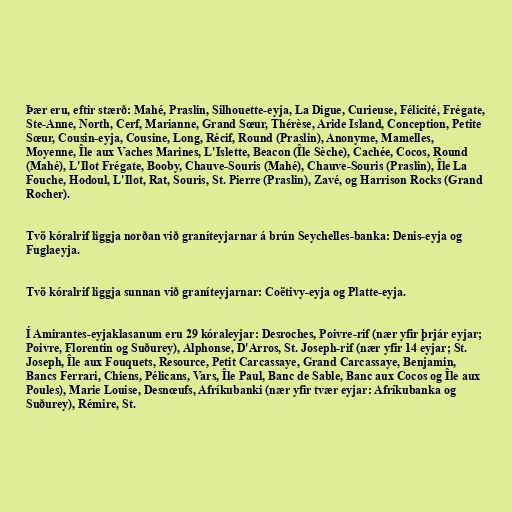
Þær eru, eftir stærð: Mahé, Praslin, Silhouette-eyja, La Digue, Curieuse, Félicité, Frégate,
Ste-Anne, North, Cerf, Marianne, Grand Sœur, Thérèse, Aride Island, Conception, Petite
Sœur, Cousin-eyja, Cousine, Long, Récif, Round (Praslin), Anonyme, Mamelles,
Moyenne, Île aux Vaches Marines, L'Islette, Beacon (Île Sèche), Cachée, Cocos, Round
(Mahé), L'Ilot Frégate, Booby, Chauve-Souris (Mahé), Chauve-Souris (Praslin), Île La
Fouche, Hodoul, L'Ilot, Rat, Souris, St. Pierre (Praslin), Zavé, og Harrison Rocks (Grand
Rocher).

Tvö kóralrif liggja norðan við graníteyjarnar á brún Seychelles-banka: Denis-eyja og
Fuglaeyja.

Tvö kóralrif liggja sunnan við graníteyjarnar: Coëtivy-eyja og Platte-eyja.

Í Amirantes-eyjaklasanum eru 29 kóraleyjar: Desroches, Poivre-rif (nær yfir þrjár eyjar;
Poivre, Florentin og Suðurey), Alphonse, D'Arros, St. Joseph-rif (nær yfir 14 eyjar; St.
Joseph, Île aux Fouquets, Resource, Petit Carcassaye, Grand Carcassaye, Benjamin,
Bancs Ferrari, Chiens, Pélicans, Vars, Île Paul, Banc de Sable, Banc aux Cocos og Île aux
Poules), Marie Louise, Desnœufs, Afríkubanki (nær yfir tvær eyjar: Afríkubanka og
Suðurey), Rémire, St.